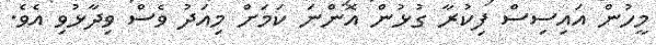
މީހުން އައިސިސް ފިކުރާ ގުޅުން އޮންނަ ކަމަށް މިއަދު ވެސް ވިދާޅުވި އެވެ.